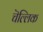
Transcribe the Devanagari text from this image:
चॆल्लिक